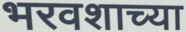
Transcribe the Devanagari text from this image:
भरवशाच्या